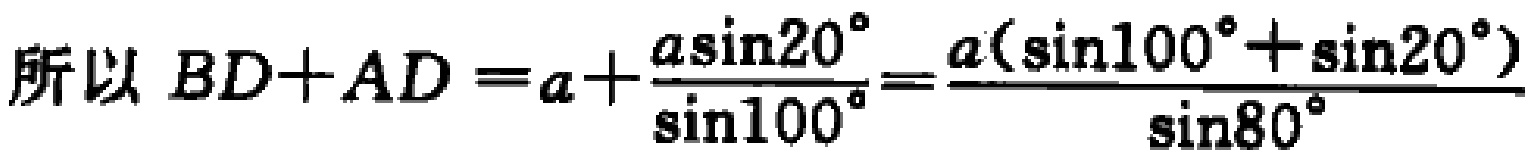
所以 \(BD + AD = a+\frac{a\sin20^{\circ}}{\sin100^{\circ}}=\frac{a(\sin100^{\circ}+\sin20^{\circ})}{\sin80^{\circ}}\)